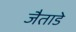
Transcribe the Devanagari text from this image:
जैताडे